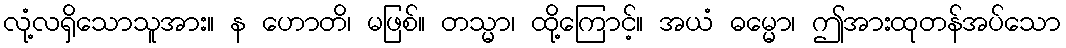
လုံ့လရှိသောသူအား။ န ဟောတိ၊ မဖြစ်။ တသ္မာ၊ ထို့ကြောင့်။ အယံ ဓမ္မော၊ ဤအားထုတန်အပ်သော